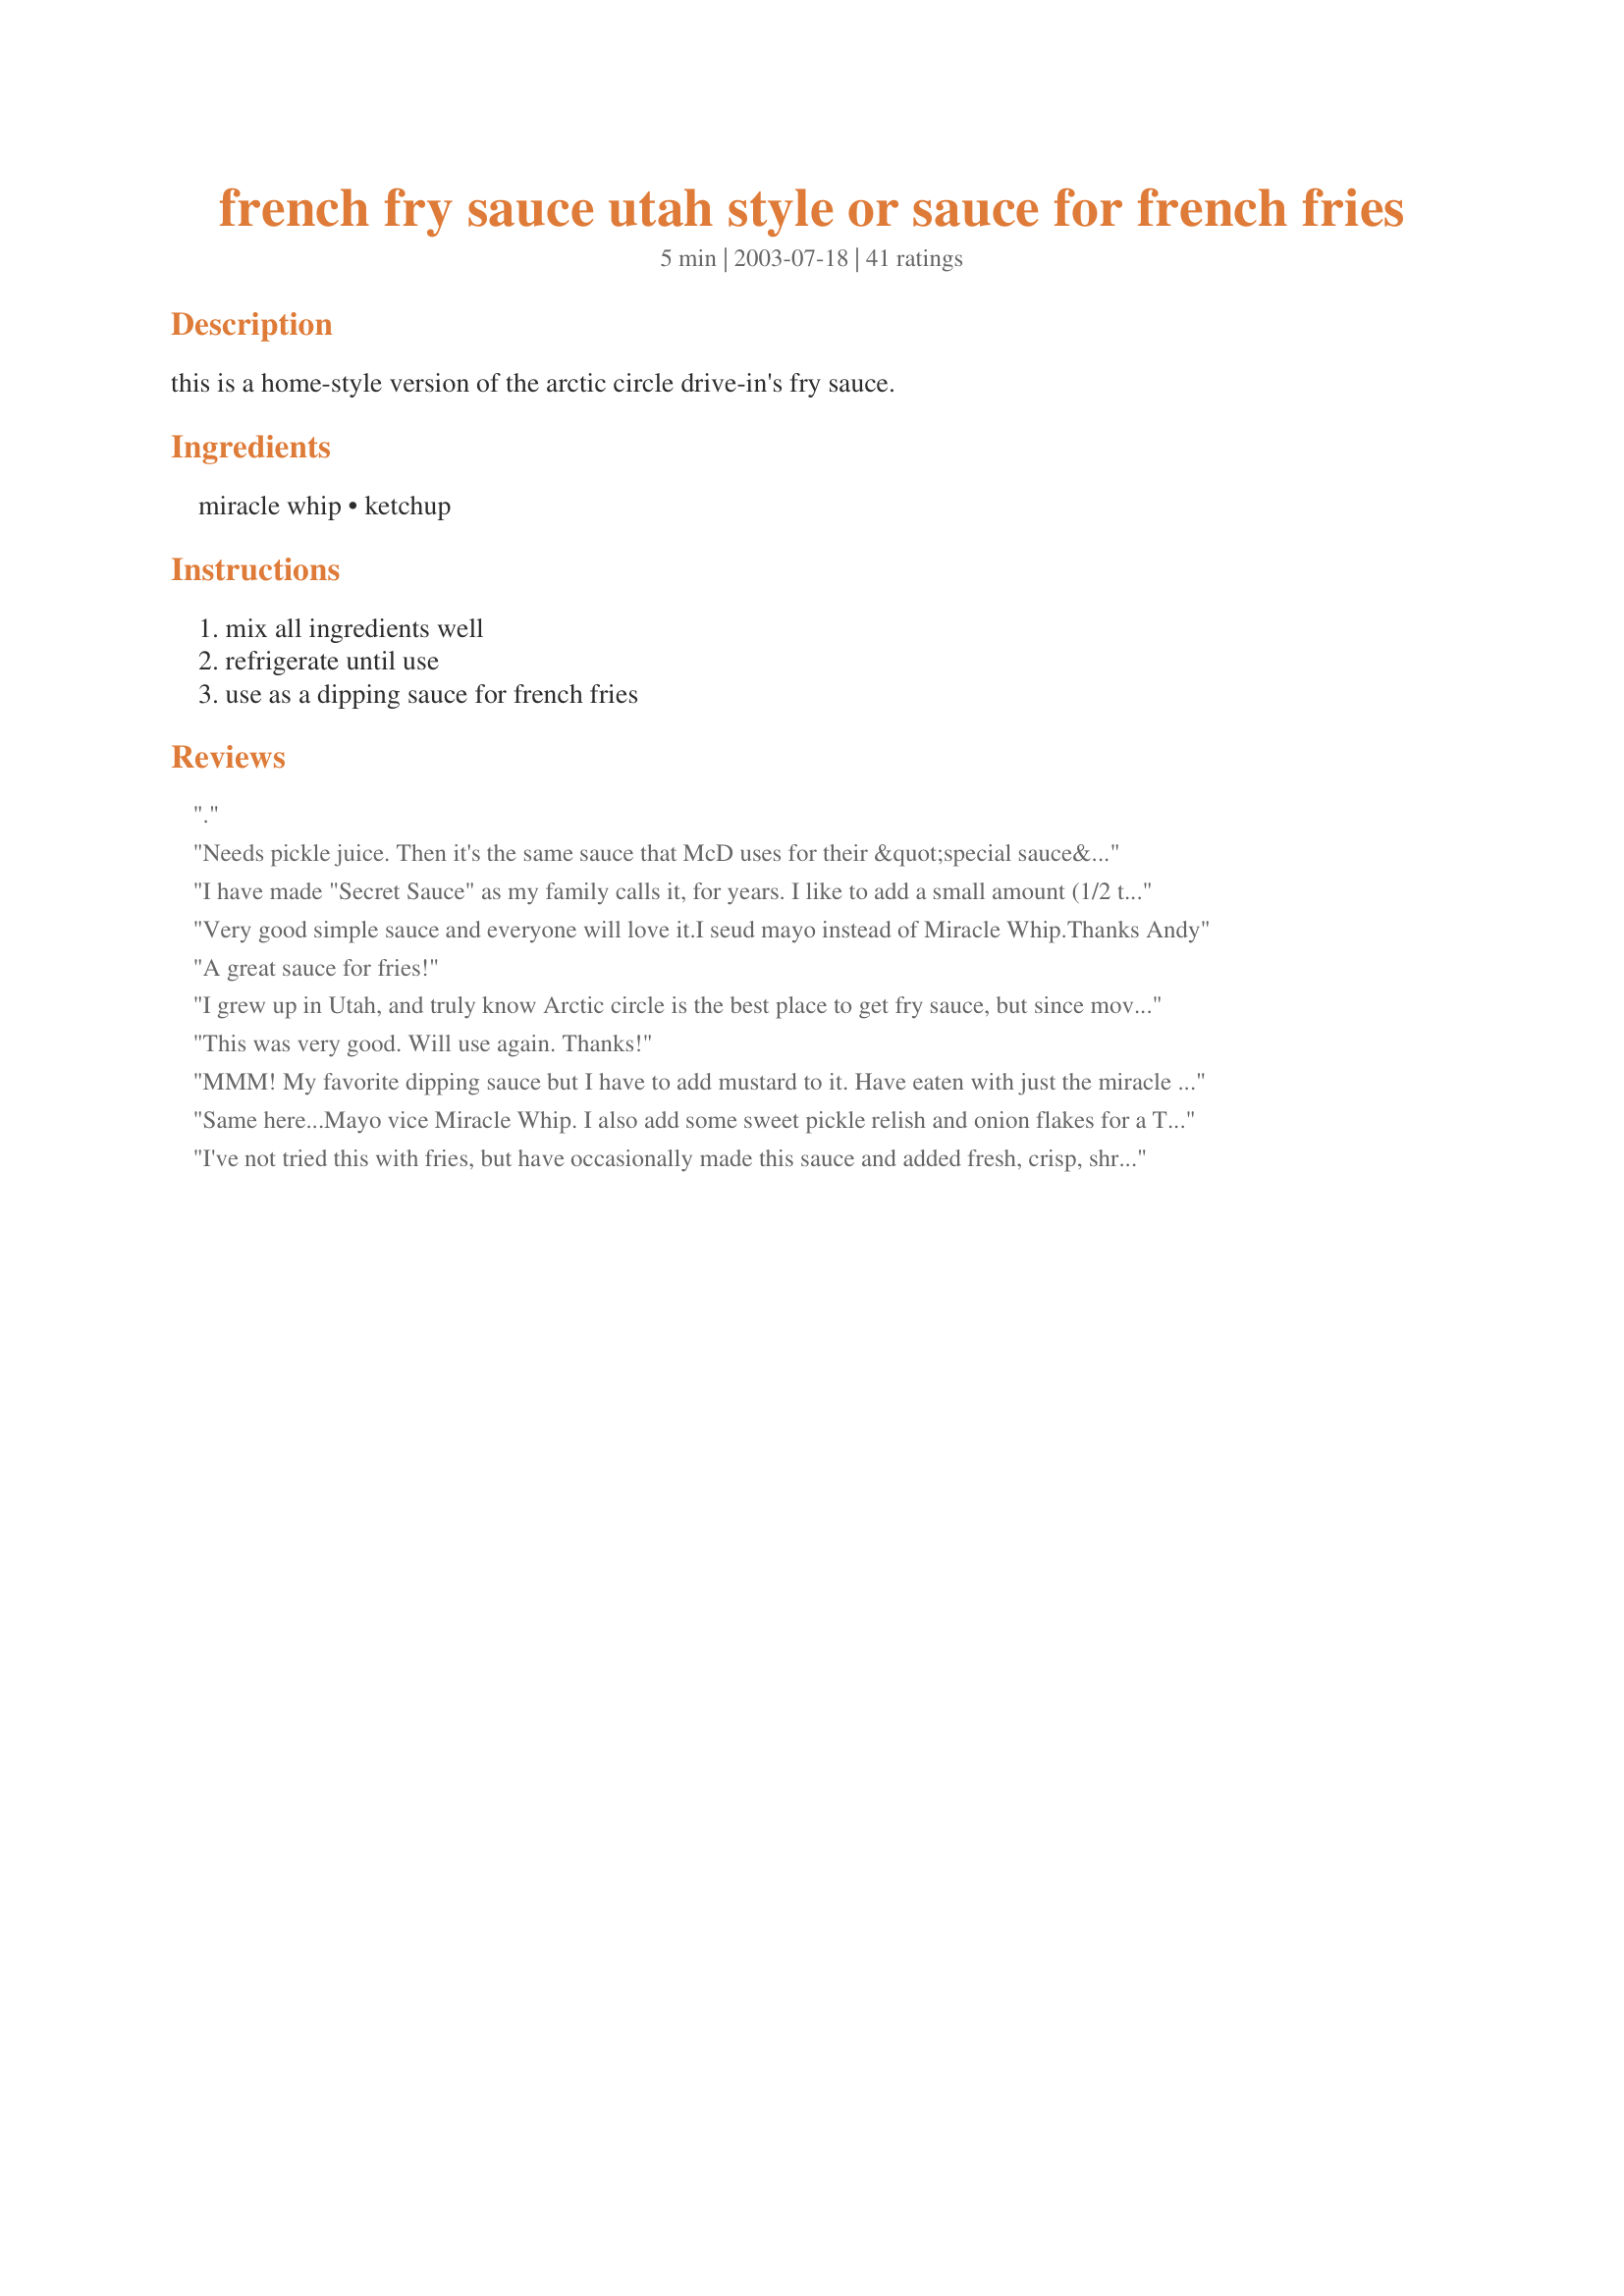
french fry sauce utah style or sauce for french fries
Preparation time: 5 minutes

this is a home-style version of the arctic circle drive-in's fry sauce.

Ingredients:
miracle whip, ketchup

Steps:
mix all ingredients well, refrigerate until use, use as a dipping sauce for french fries

Reviews:
.
Needs pickle juice. Then it's the same sauce that McD uses for their &quot;special sauce&quot; on a BM. Used to make the BM and eat the sauce on fries when I worked at McD's as a teen.
I have made "Secret Sauce" as my family calls it, for years. I like to add a small amount (1/2 to 1 tsp) of yellow mustard, and sometimes even a small amount of horseradish. Oh, yeah...I use Mayo vs. Miracle Whip in this one, too!
Very good simple sauce and everyone will love it.I seud mayo instead of Miracle Whip.Thanks Andy
A great sauce for fries!
I grew up in Utah, and truly know Arctic circle is the best place to get fry sauce, but since moving to California I've begun making this recipe. It is absolutely delicious! Being easy to prepare is a definate bonus. I'm so happy now the world knows Utah's "secret fry sauce"

by the way, I've known some people to add a little chopped pickle, or sweet relish. Delicious!
This was very good. Will use again. Thanks!
MMM! My favorite dipping sauce but I have to add mustard to it. Have eaten with just the miracle whip & ketchup and that is good too. I also use ranch dressing too. Gotta love variety!
Same here...Mayo vice Miracle Whip. I also add some sweet pickle relish and onion flakes for a Tartar sauce or mock "Big Mac".
I've not tried this with fries, but have occasionally made this sauce and added fresh, crisp, shredded iceberg lettuce to it and topped my burgers!
Yum! I made this to serve with Onion Rings recipe#100623 instead of french fries and it was a perfect match. I look forward to trying this with french fries too, thanks for sharing :)
I had forgotten all about this sauce, have never tried it on fries but I will now. As kids we always dipped our frito chips in it.
I made this for our hamburgers and fried potatoes. Was really yummy. I had heard of this before but didnt realize how ultra easy it was to make. Going to start keeping a batch in the fridge from now on. Thanks
i use mayo but the kiddos prefer the miracle whip...grew up loving this sauce!
WHOA...this is REALLY good!!! Making fries and onion rings tomorrow and was browsing, came across this..thought, well, I have the ingredients in my fridge (I used the mayo,ketchup and dash pickle juice as per other reviewer's advice) I'll give it a try. IT'S AWESOME..my new favorite sauce...thank you from NYC
This ones great.....but try using sweet chilli sauce instead... Magnificent !!
Another blast from the past! My father used to make this for us when we were kids. It was his version of chip dip 35 years ago! I am so glad someone other than us thinks it's pretty much awesome. Thanks for memory refresh!
I gave this 3 stars. I tried this after my future hubby said his mom always made it when he was a kid. My 4 yrs old newphew said it was good. I didn't like it that much it was ok for. Thanks for posting christine (internetnut)
I'm addicted to fry sauce. Thanks for posting the recipe.
I used to work at Arctic Circle and the best replica uses mayonnaise not miracle whip, plus a teaspoon of dill pickle juice. Yes, pickle juice is used in the original recipe. This is good but try it with mayo and pickle juice and it is practically identical.
Andy, I have always done this for french fries. The only difference is I like to use mayonaise and not miracle whip. I also use a mixture of ranch dressing and ketchup, mustard and ketchup, and sometimes horseradish and ketchup. You should try them sometime and see how you like them. :) Thanks foir posting!
Mmmmm! This has been my favorite condiment since I was a little kid! I have made it both with Miracle Whip and with mayonnaise and I love both combinations equally. It makes a great sandwich, burger or hotdog topper and a wonderful french fry and pickle spear dipping sauce.
I used to like this until I tried mayo + BBQ sauce. WOWsers! Ratio to taste, but definitely more mayo..Mmmm.
Add some Onion Powder and it is perfect!. Zips Drive ins (In Spokane Area) add Onion powder.
Good. A lot of options here for burgers or steak sandwiches.
In college in the mid 80s we did ketchup and tarter sauce. Yummy! Kinda like the adding the pickle juice.
My kids have always loved their frys this way. I also make the sauce using mayonaise instead of the Miracle Whip.
Was a little hesitant to try this, DH and I like miracle whip and we like ketchup, but together? I'm happy to report that it was a success! Made up some spicy texas fries to try this tonight and had the first taste- it was okay...went back to plain ketchup. Then I tried another..hmmm..this is actually kinda good. DH and I both agree that this is a keeper and obviously stupid simple to make. Thanks for this nice treat Andy!
I use mayo. And I always add a teaspoon of lemon juice or preferably pickle juice.
I made this with mayonnaise instead of Miracle Whip. A nice change of pace from plain ole ketchup with french fries.
This may be a quick, simple fry sauce but it is not quite like the original which as someone else stated was from Arctic Circle. I worked at Arctic Circle in the 90&#039;s. The fry sauce was made with Ketchup and their signature white sauce which included mayonnaise, buttermilk, white pepper and other spices that were not disclosed. Good thing is you can use this as a base and add other things to suit your taste.
We make this all the time. I use the exact ratio as this too. Sometimes my girls will use real mayonnaise also and they like that just as much. Thank you for posting this yummy sauce so everyone can enjoy.
I honestly didn't think my DS's would like this, and had a bottle of regular ketchup on the table just in case. We all thought this was super! Served this sauce to go with recipe#97763 along with reuben sandwhiches.
This is great. I also add a bit of pickle juice or tartar sauce for a different taste and texture. Thanks
I made this tonight, and it's so good. I sure do miss Artic Circle! I've also heard to add a bit of Seasoning Salt, which is what I did tonight. I think I'll try it with pickle juice next time. Thanks for posting!
I remember getting this in Utah! So yummy on everything!!
Fry sauce is where it's at. Born, raised and lived in Utah my whole life. Everyone in Utah knows what fry sauce is! You can try adding a little bbq sauce, too. Traditionally you use mayo instead of MW and add a little bit of pickle juice, jalapeno juice or lemon juice.
Andy: I see that no one has commented on your recipe since March when you posted it. From the list of ingredients I wouldn't even try this much less comment on it. But, being in exile from that little island of fry sauce I have to say that the rest of those folks out there just don't know what they're missing! Try it, you might like it!
Two thumbs up! There is a chain here calle Red Robin Gourmet Burgers that has an identical sauce called Campfire Sauce.....They subsitute Barbeque sauce for the ketchup for a little bit of kick...Your sauce is my kids favorite for his onion rings..
I had to smile as I read the recipe. Back in the &#039;50&#039;s we used to use this same sauce on fish sticks. I don&#039;t eat fish sticks any more, but still make the sauce to use for other things.
I used mayo and think this is the perfect sauce to top burgers too.
